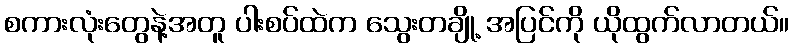
စကားလုံးတွေနဲ့အတူ ပါးစပ်ထဲက သွေးတချို့ အပြင်ကို ယိုထွက်လာတယ်။